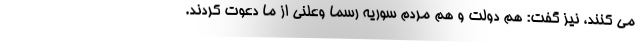
می کنند، نیز گفت: هم دولت و هم مردم سوریه رسما وعلنی از ما دعوت کردند.